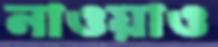
নাওয়াও